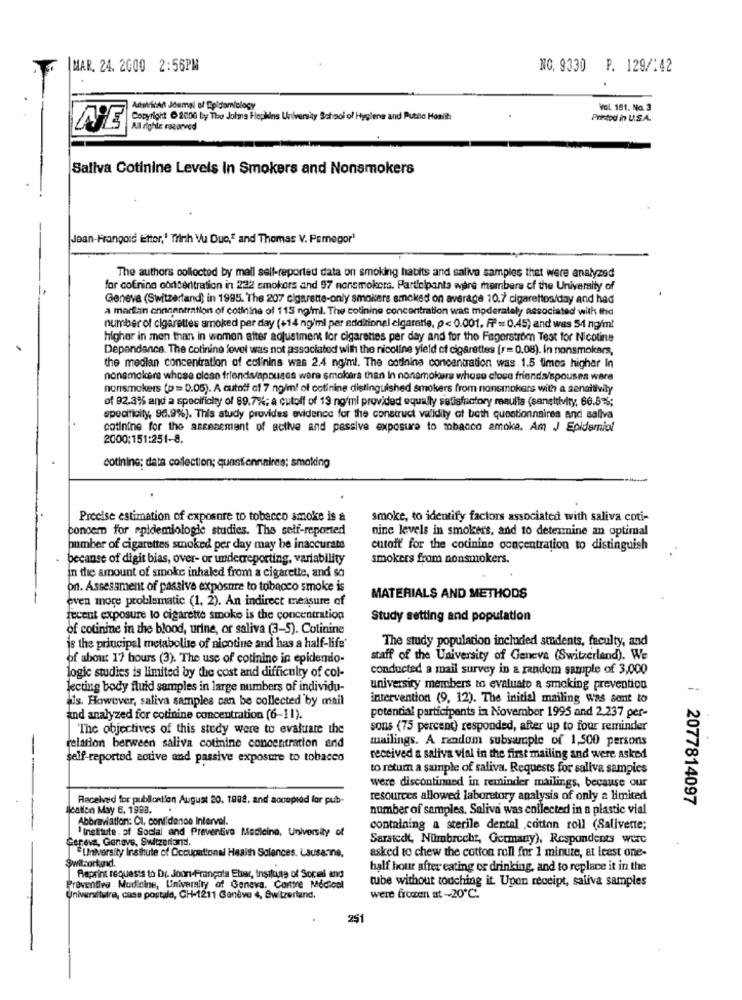
MAR. 24. 2000 2:56PM
NO. 9330 P. 129/:42
Adinrican Joumal of Coisamiology
VEL. 181. No. 3
Copyright @ 2000 by The Johns Hopkins University School of Hygiene and Putile Honiih
Printed in U.S.A.
VE
All righle racarved
Saliva Cotinine Levels in Smokers and Nonsmokers
[Jean-Frangoid tettor,' Trinh Vu Duo," and Thomas V. Pemegor"
The authors collected by mail self-reported data on smoking habits and saliva samples that were analyzed
for cofning concentration in 232 smokers and 97 nonsmokers. Partlolpants ware members of the University of
Geneva (Switzerland) in 1985. The 207 cigarette-only smokers smoked on average 10.7 cigarettes/day and had
a martian onnenntration of cotinine of 115 ng/ml. The cotining concentration was moderately associated with the
number of cigarettes smoked per day (+14 ng/ml per additional cigarerie, p< 0.001. F= 0.45) and was 54 ng/ml
higher in men than in women after adjustment for cigarettes per day and for the Fagerström Test for Nicotine
Depandance. The colinine level was not associated with the nicoline yield of cigarettes (r= 0.08). In nonsmokers,
the median concentration of colinins was 2.4 ng/ml. The cotinina concentration was 1.5 times higher In
nonsmokers whose close friends/spouses were smokers than In nonsmokers whose close friends/spouses wara
nonsmokers (p= 0.05). A cutoff cf 7 ng/ml of cotinine distinguished smokers from nonsmokers with a senaltiwily
of 92.3% and a specificity of 89.7%; a cutoff of 13 ng/ml provided equally satisfactory maults (sensitivity, 66.5%;
specificity, 96.9%). This study provides evidence for the construct validity of both questionnaires and sallva
cotinine for the assessment of active and passive exposure to tobacco amoka. Am J Epidemiol
2000:151:251-8.
cotining: data collection; questionnaires: smoking
Precise estimation of exposure to tobacco smoke is a
smoke, to identify factors associated with saliva coti-
concern for epidemiologie studies. The self-reported
nine levels in smokers, and to determine an optimal
bumber of cigarettes smoked per day may be inaccurate
cutoft for the cotinino concentration to distinguish
· because of digit bias, over- or underreporting, variability
smokers from nonsmokers.
in the amount of smoke inhaled from a cigarette, and so
on. Assessment of passive exposure to tobacco smoke is
even more problematic (1, 2). An indirect measure of
MATERIALS AND METHODS
recent exposure to cigarette smoke is the concentration
Study setting and population
of cotinine in the blood, urine, or saliva (3-5). Cotinine
The study population included students, faculty, and
is the principal metabolise of nicotine and has a half-life'
of about 17 hours (3). The use of cotinino in epidemio-
staff of the University of Geneva (Switzerland). We
conducted a mail survey in a random sample of 3,000
logic studies is limited by the cost and difficulty of col-
Jecting body fluid samples in large numbers of individu-
university members to evaluate a smoking prevention
"Is. However, saliva samples can be collected by mail
intervention (9, 12). The initial mailing was sent to
potential participants in November 1995 and 2.237 per-
and analyzed for cotinine concentration (6-11).
The objectives of this study were to evaluate the
sons (75 percent) responded, after up to four reminder
mailings. A random subsample of 1,500 persons
relation between saliva cotinine concentration and
self-reported zouve and passive exposure to tobacco
received a saliva vial in the first mailing and were asked
--
to return a sample of saliva. Requests for saliva samples
were discontinued in reminder mailings, because our
Received for publlontion August 20, 1802. and aocopied for pub-
resources allowed laboretory analysis of only a limited
: 2077814097
Ilcation May 6, 1993.
.
number of samples. Saliva was collected in a plastic vial
Abbreviation: CI, confidence Interval.
--
1 Institute, of Social and Preventive Medicine, University of
containing a sterile dental .cattan roll (Salivette;
Gereva, Genave, Switzerland.
Sarstedt, Nümbrecht, Germany), Respondents were
*University Insthule of Occupational Health Sciences. Lausanne,
asked to chew the cotton roll for 1 minute, at least one-
Switsortand.
half hour after eating or drinking, and to replace it in the
Reprint requests to Dr. Joon-François Ebar, Institute of Social and
tube without touching it Upon receipt, saliva samples
Preventive Medicine, University of Geneva. Carttre Médical
Universitetra, case postale, CH-1211 Genève 4, Switzerland,
were frozen at-20℃.
251